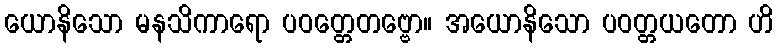
ယောနိသော မနသိကာရော ပဝတ္တေတဗ္ဗော။ အယောနိသော ပဝတ္တယတော ဟိ